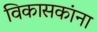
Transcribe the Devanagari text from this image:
विकासकांना